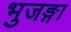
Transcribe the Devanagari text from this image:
भुजङ्गा